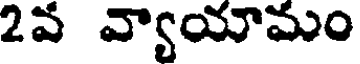
2వ వ్యాయామం